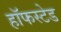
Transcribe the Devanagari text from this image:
हॉफस्टेड